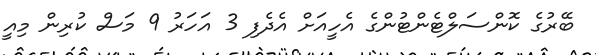
ބޭރުގެ ކޮންސަލްޓެންޓުންގެ އެހީއަށް އެދެފި 3 އަހަރު 9 މަސް ކުރިން މިއީ